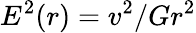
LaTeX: E^{2}(r)=v^{2}/Gr^{2}